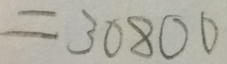
= 3 0 8 0 0